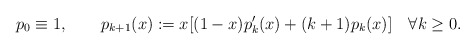
\begin{align*}p_0\equiv1,\qquad p_{k+1}(x) := x[(1-x)p'_k(x)+(k+1)p_k(x)]\quad\forall k\ge0.\end{align*}